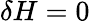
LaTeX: \delta H=0